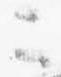
二